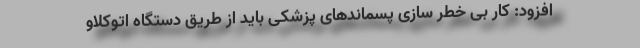
افزود: کار بی خطر سازی پسماند‌های پزشکی باید از طریق دستگاه اتوکلاو